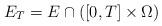
LaTeX: \begin{align*} E_T = E \cap \left( [0,T] \times \Omega \right)\end{align*}